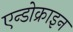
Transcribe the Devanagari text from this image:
एन्डोक्राइन